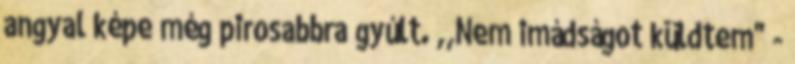
angyal képe még pirosabbra gyúlt. ,,Nem imádságot küldtem" -